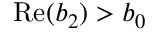
\mathrm { R e } ( b _ { 2 } ) > b _ { 0 }